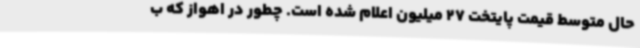
حال متوسط قیمت پایتخت 27 میلیون اعلام شده است. چطور در اهواز که ب